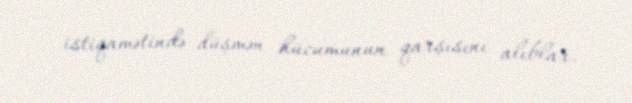
istiqamətində düşmən hücumunun qarşısını alıblar.